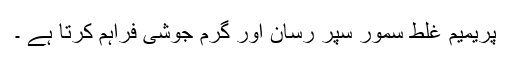
پریمیم غلط سمور سپر رسان اور گرم جوشی فراہم کرتا ہے ۔